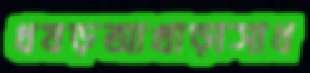
ধষড়আখাড়াসাধ